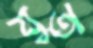
যুত